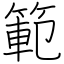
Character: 範